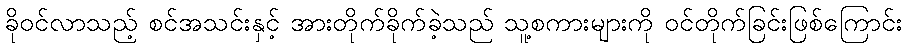
ခိုဝင်လာသည့် စင်အသင်းနှင့် အားတိုက်ခိုက်ခဲ့သည် သူ့စကားများကို ဝင်တိုက်ခြင်းဖြစ်ကြောင်း